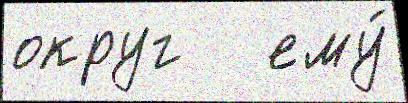
округ   ему́